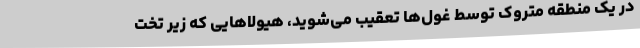
در یک منطقه متروک توسط غول‌ها تعقیب می‌شوید، هیولاهایی که زیر تخت